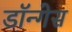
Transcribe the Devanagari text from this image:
डॉन्गेस